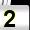
Digit: 2